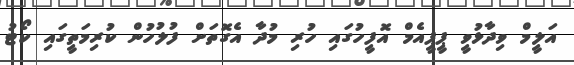
އަލީމް ވިދާޅުވީ ޕީޕީއެމް އޮފީހުގައި ހުރި މުދާ އެގޮތަށް ފުލުހުން ކުރިމަތީގައި ކޯޓު